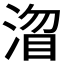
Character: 𭱓